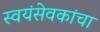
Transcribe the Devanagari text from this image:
स्वयंसेवकांचा